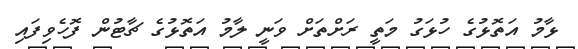
ޅާމު އަތޮޅުގެ ހުޅަގު މަތީ ރަށްތަށް ވަނީ ލާމު އަތޮޅުގެ ޗާޓުން ފޮހެވިފައި